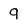
Character: 9